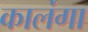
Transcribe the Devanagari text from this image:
कालंगा